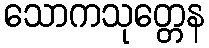
သောကသုတ္တေန